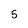
Character: 5